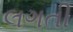
લગતી